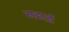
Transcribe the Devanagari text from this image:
गढाई